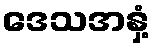
ဒေသအနှံ့